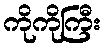
ကိုကိုကြီး